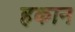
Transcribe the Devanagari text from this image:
हकान